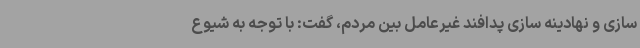
سازی و نهادینه سازی پدافند غیرعامل بین مردم، گفت: با توجه به شیوع